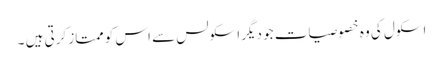
اسکول کی وہ خصوصیات جو دیگر اسکولس سے اس کو ممتاز کرتی ہیں ۔